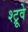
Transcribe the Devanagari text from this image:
श्ट्रूवे